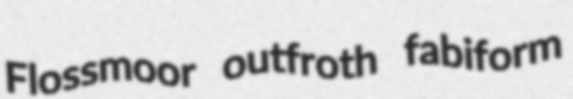
Flossmoor outfroth fabiform